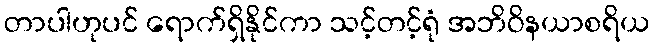
တာပါဟုပင် ရောက်ရှိနိုင်ကာ သင့်တင့်ရုံ အဘိဝိနယာစရိယ